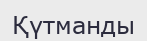
Қүтманды